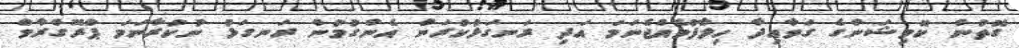
ގޮތުން ކޮމިޝަންގެ ގަވާއިދާ ހިލާފުވެއްޖެނަމަ އަދި ރަނގަޅުކުރަން އެންގުމުން ރަނގަޅު ނުކުރާނަމަ ޕްރޮގްރާމް